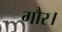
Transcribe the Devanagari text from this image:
गौर।